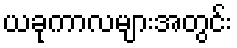
ယခုကာလများအတွင်း